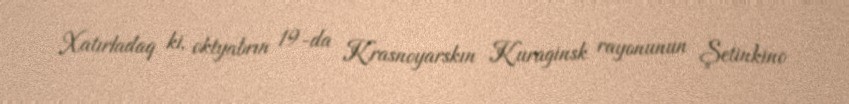
Xatırladaq ki, oktyabrın 19-da Krasnoyarskın Kuraginsk rayonunun Şetinkino